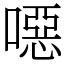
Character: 噁